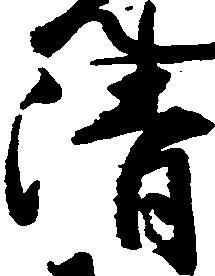
清